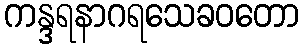
ကန္ဒရနာဂရသေခဝတော